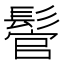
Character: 𩭵